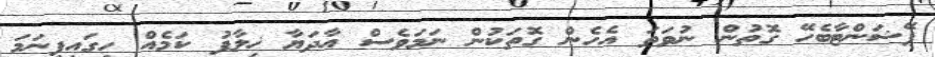
ޕޭޝަންޓާބެހޭ ގޮތުން ނުވަތަ އެހެން ގޮތަކުން ނަމަވެސް އާދަޔާ ޚިލާފު ކަމެއް ހިގައިފިނަމަ